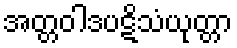
အတ္တဝါဒပဋိသံယုတ္တာ